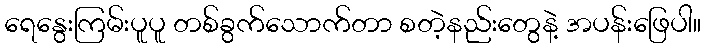
ရေနွေးကြမ်းပူပူ တစ်ခွက်သောက်တာ စတဲ့နည်းတွေနဲ့ အပန်းဖြေပါ။